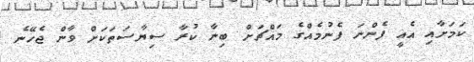
ކަމަށާއި އެއީ ފެންނަ ފެނުމެއްގެ މައްޗަށް ބިނާ ކުރާ ސިޔާސަތަކަށް ވާން ޖެހޭނެ